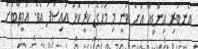
އެނބުރި އިންޑިއާ އަށް ވަނީ މި މަހުގެ ކުރީކޮޅު އައިސްފަ އެވެ. އަމީތާބަށް